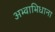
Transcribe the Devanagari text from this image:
अभ्वाभिधाना